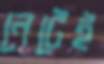
নেটেই